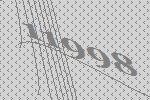
11998